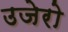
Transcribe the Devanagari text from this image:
उजेरो